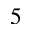
5